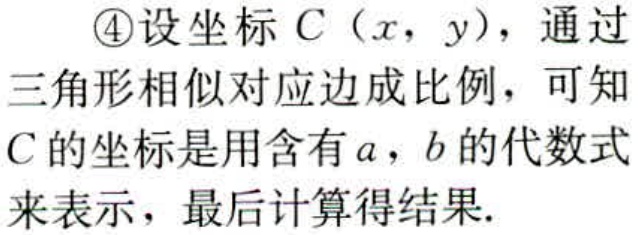
\textcircled{4}设坐标\(C(x,y)\)，通过三角形相似对应边成比例，可知\(C\)的坐标是用含有\(a,b\)的代数式来表示，最后计算得结果.